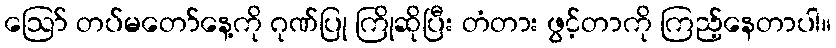
ဪ တပ်မတော်နေ့ကို ဂုဏ်ပြု ကြိုဆိုပြီး တံတား ဖွင့်တာကို ကြည့်နေတာပါ။